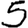
Digit: 5